Etiology and epidemiology of plague
Disease focus: Plague
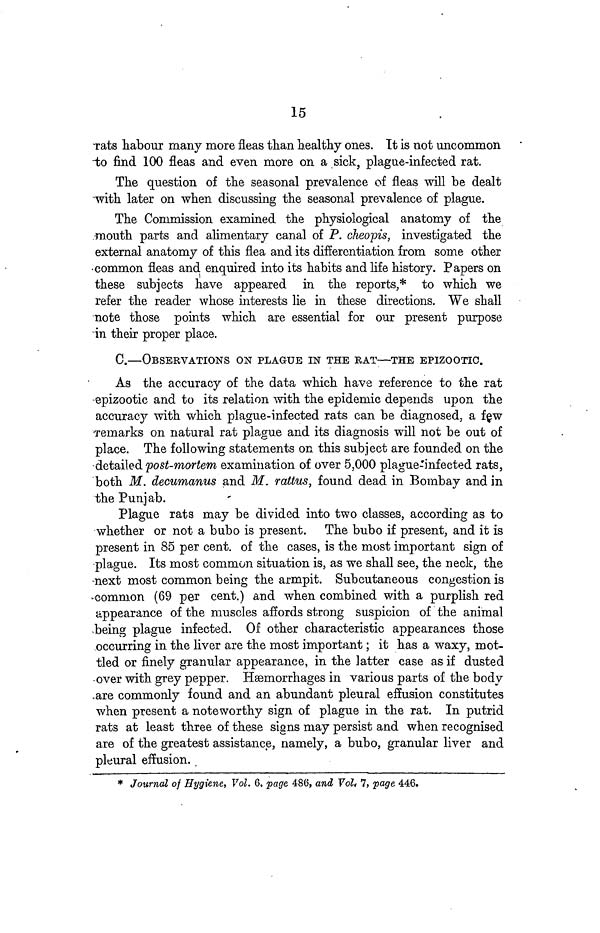
15
Tats habour many more fleas than healthy ones. It is not uncommon
to find 100 fleas and even more on a sick, plague-infected rat.
The question of the seasonal prevalence of fleas will be dealt
with later on when discussing the seasonal prevalence of plague.
The Commission examined the physiological anatomy of the
mouth parts and alimentary canal of P. cheopis, investigated the
external anatomy of this flea and its differentiation from some other
common fleas and enquired into its habits and life history. Papers on
these subjects have appeared in the reports,* to which we
refer the reader whose interests lie in these directions. We shall
note those points which are essential for our present purpose
in their proper place.
C.—OBSERVATIONS ON PLAGUE IN THE RAT—THE EPIZOOTIC.
As the accuracy of the data which have reference to the rat
epizootic and to its relation with the epidemic depends upon the
accuracy with which plague-infected rats can be diagnosed, a few
remarks on natural rat plague and its diagnosis will not be out of
place. The following statements on this subject are founded on the
detailed post-mortem examination of over 5,000 plague-infected rats,
both M. decumanus and M. rattus, found dead in Bombay and in
the Punjab.
Plague rats may be divided into two classes, according as to
whether or not a bubo is present. The bubo if present, and it is
present in 85 per cent. of the cases, is the most important sign of
plague. Its most common situation is, as we shall see, the neck, the
next most common being the armpit. Subcutaneous congestion is
common (69 per cent.) and when combined with a purplish red
appearance of the muscles affords strong suspicion of the animal
being plague infected. Of other characteristic appearances those
occurring in the liver are the most important; it has a waxy, mot-
tled or finely granular appearance, in the latter case as if dusted
over with grey pepper. Hæmorrhages in various parts of the body
are commonly found and an abundant pleural effusion constitutes
when present a noteworthy sign of plague in the rat. In putrid
rats at least three of these signs may persist and when recognised
are of the greatest assistance, namely, a bubo, granular liver and
pleural effusion.
* Journal of Hygiene, Vol. 6, page 486, and Vol. 7, page 446.